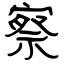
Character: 察